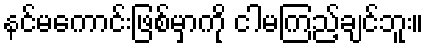
နင်မကောင်းဖြစ်မှာကို ငါမကြည့်ချင်ဘူး။